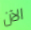
الآن